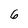
Character: 6